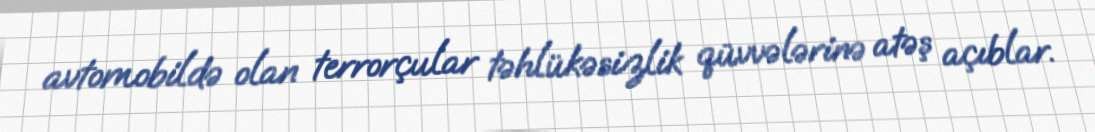
avtomobildə olan terrorçular təhlükəsizlik qüvvələrinə atəş açıblar.